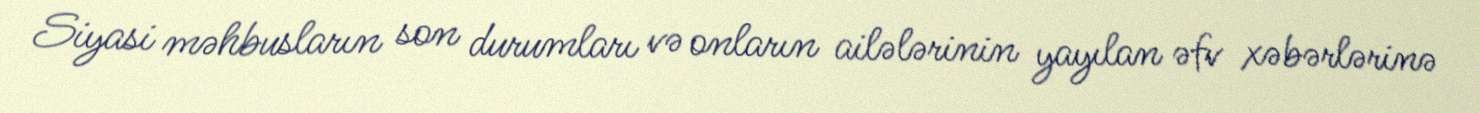
Siyasi məhbusların son durumları və onların ailələrinin yayılan əfv xəbərlərinə